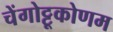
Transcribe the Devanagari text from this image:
चेंगोट्टूकोणम